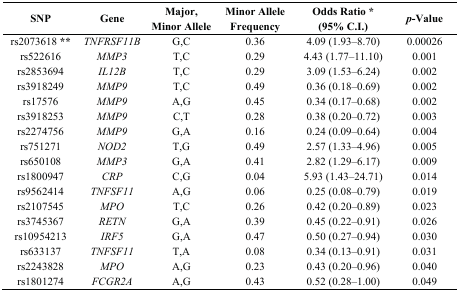
| SNP | Gene | Major, Minor Allele | Minor Allele Frequency | Odds Ratio * (95% C.I.) | p-Value |
 | --- | --- | --- | --- | --- | --- |
 | rs2073618** | TNFRSF11B | G,C | 0.36 | 4.09 (1.93–8.70) | 0.00026 |
 | rs522616 | MMP3 | T,C | 0.29 | 4.43 (1.77–11.10) | 0.001 |
 | rs2853694 | IL12B | T,C | 0.29 | 3.09 (1.53–6.24) | 0.002 |
 | rs3918249 | MMP9 | T,C | 0.49 | 0.36 (0.18–0.69) | 0.002 |
 | rs17576 | MMP9 | A,G | 0.45 | 0.34 (0.17–0.68) | 0.002 |
 | rs3918253 | MMP9 | C,T | 0.28 | 0.38 (0.20–0.72) | 0.003 |
 | rs2274756 | MMP9 | G,A | 0.16 | 0.24 (0.09–0.64) | 0.004 |
 | rs751271 | NOD2 | T,G | 0.49 | 2.57 (1.33–4.96) | 0.005 |
 | rs650108 | MMP3 | G,A | 0.41 | 2.82 (1.29–6.17) | 0.009 |
 | rs1800947 | CRP | C,G | 0.04 | 5.93 (1.43–24.71) | 0.014 |
 | rs9562414 | TNFSF11 | A,G | 0.06 | 0.25 (0.08–0.79) | 0.019 |
 | rs2107545 | MPO | T,C | 0.26 | 0.42 (0.20–0.89) | 0.023 |
 | rs3745367 | RETN | G,A | 0.39 | 0.45 (0.22–0.91) | 0.026 |
 | rs10954213 | IRF5 | G,A | 0.47 | 0.50 (0.27–0.94) | 0.030 |
 | rs633137 | TNFSF11 | T,A | 0.08 | 0.34 (0.13–0.91) | 0.031 |
 | rs2243828 | MPO | A,G | 0.23 | 0.43 (0.20–0.96) | 0.040 |
 | rs1801274 | FCGR2A | A,G | 0.43 | 0.52 (0.28–1.00) | 0.049 |